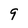
Character: 9